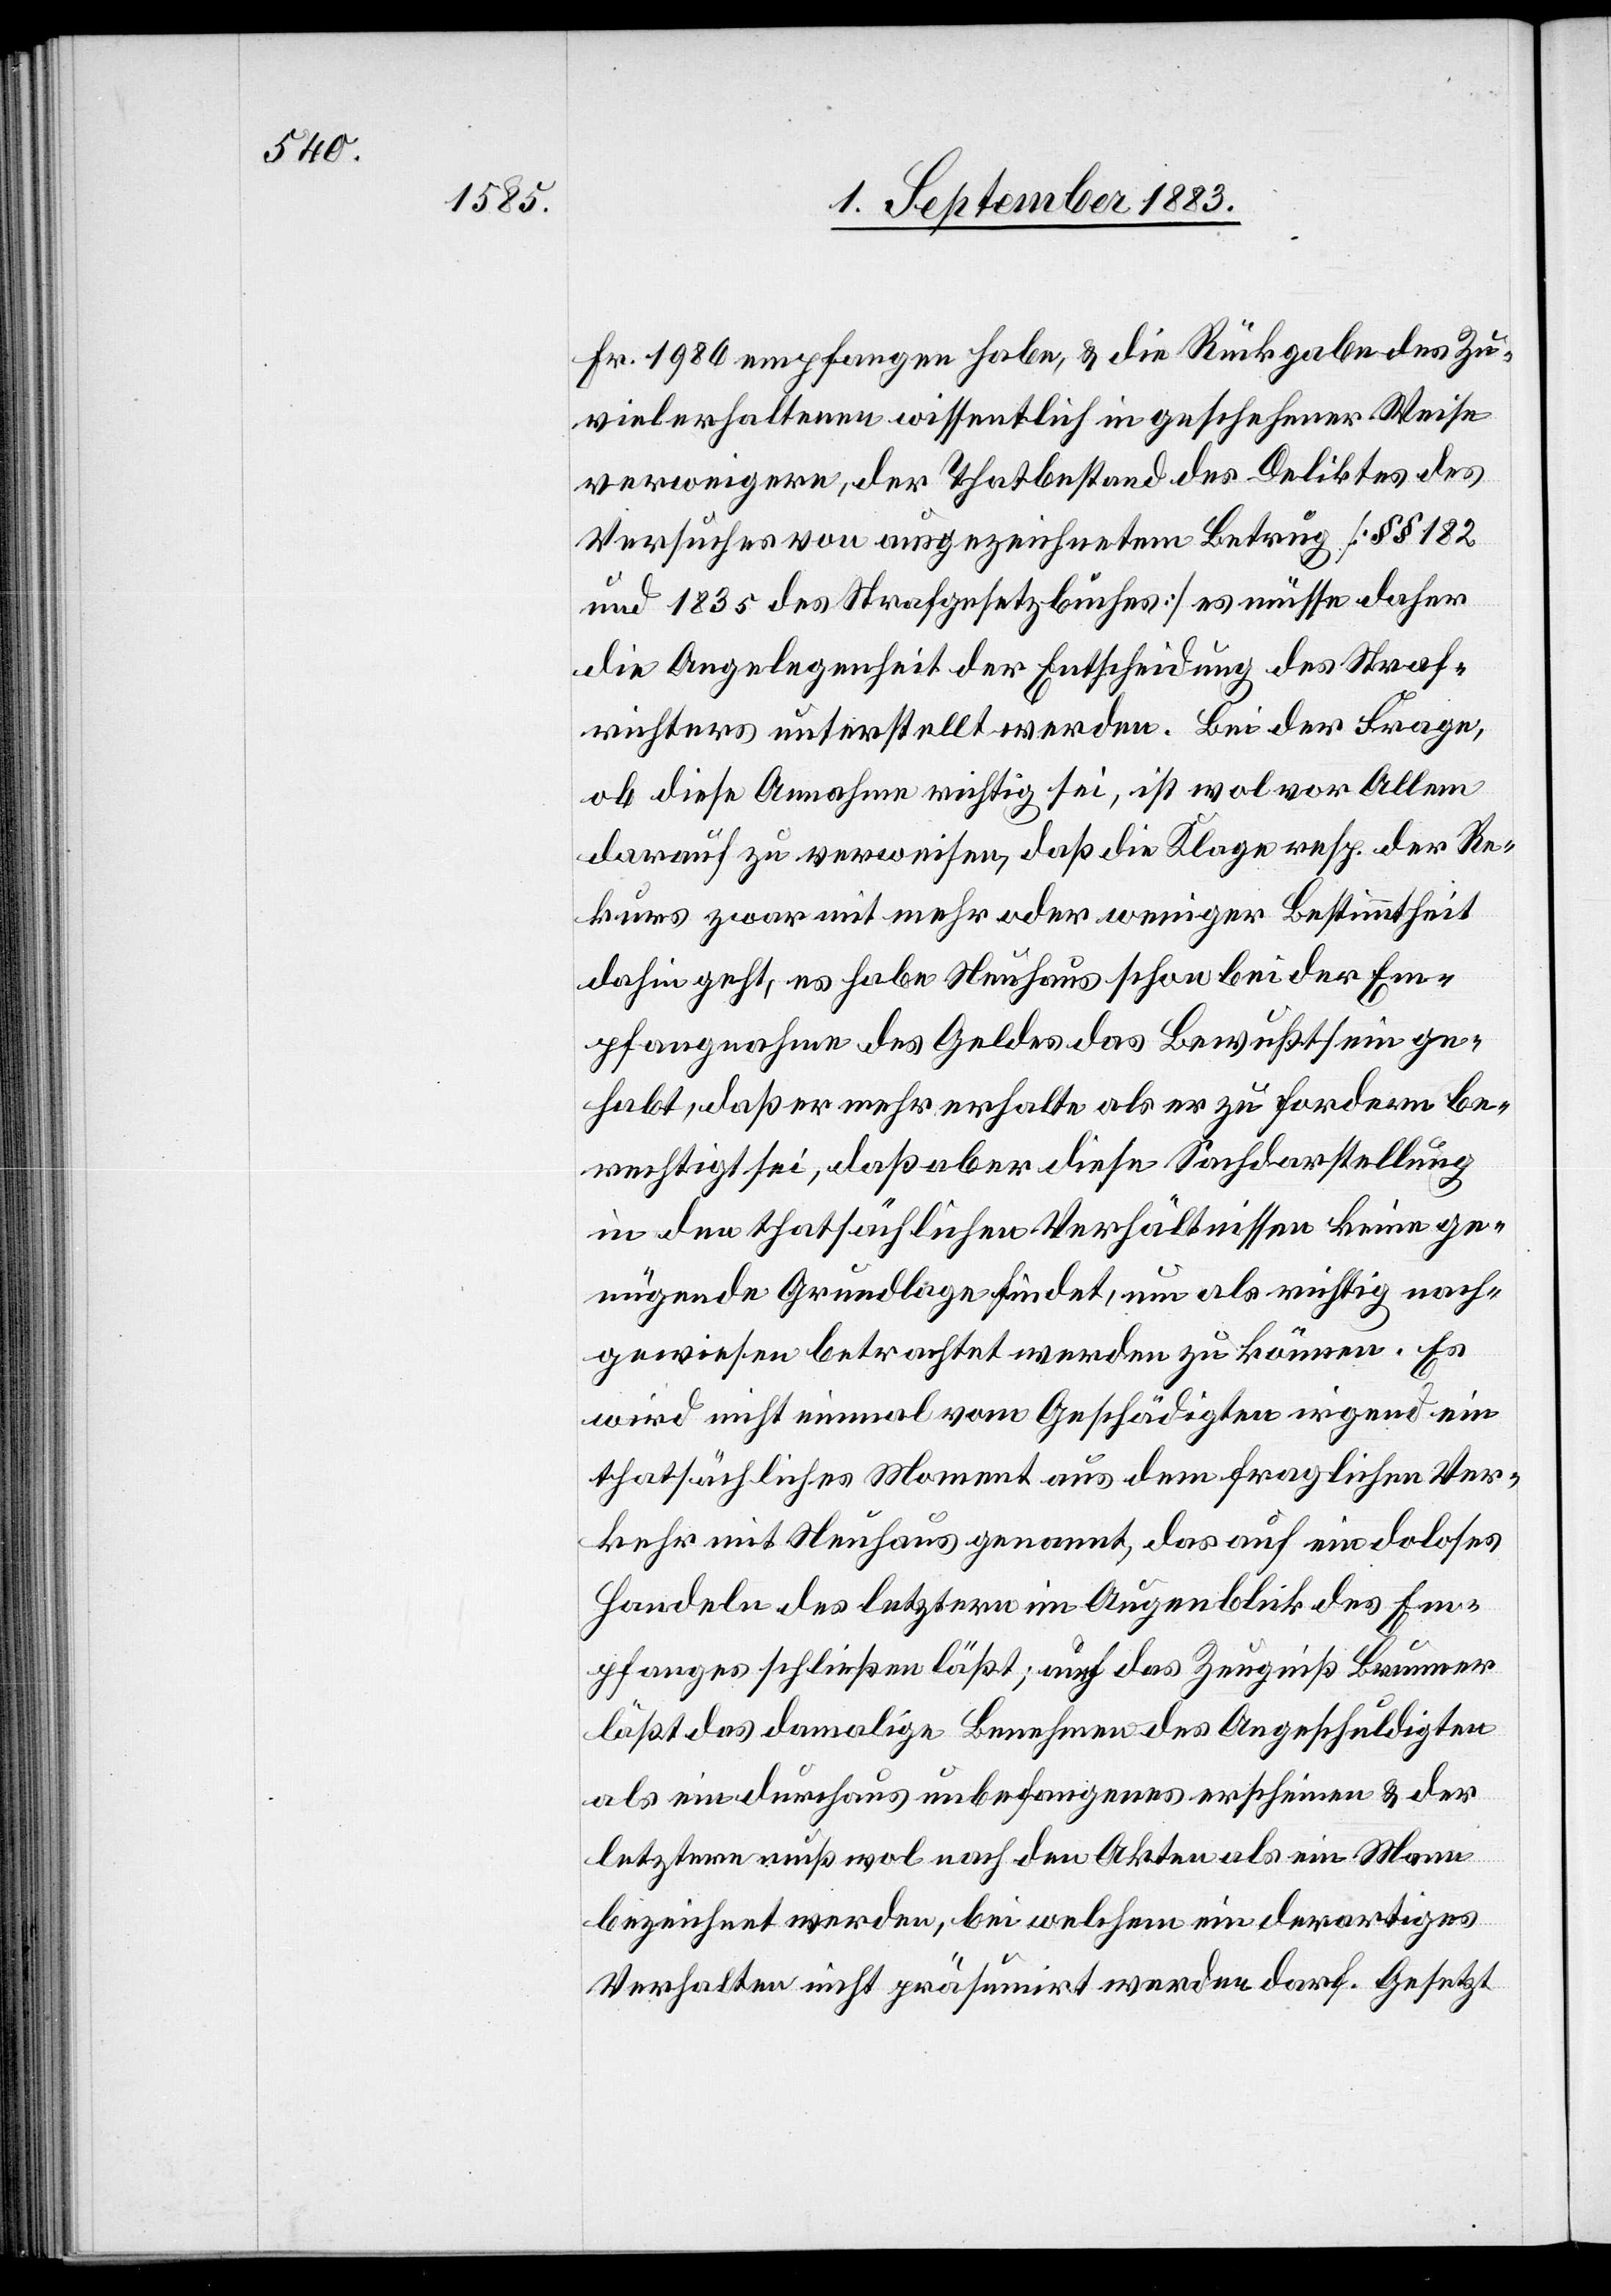
Fr. 1986 empfangen habe, & die Rückgabe des Zu¬
viel erhaltenen wissentlich in geschehener Weise
verweigere, der Thatbestand des Deliktes des
Versuches von ausgezeichnetem Betrug [§§ 182
und 183[,] 5 des Strafgesetzbuches] es müsse daher
die Angelegenheit der Entscheidung des Strafge¬
richtes unterstellt werden. Bei der Frage,
ob diese Annahme richtig sei, ist wol vor Allem
darauf zu verweisen, daß die Klage resp. der Re¬
kurs zwar mit mehr oder weniger Bestimmtheit
dahin geht, es habe Neuhaus schon bei der Em¬
pfangnahme des Geldes das Bewußtsein ge¬
habt, daß er mehr erhalte als er zu fordern be¬
rechtigt sei, daß aber diese Sachdarstellung
in den thatsächlichen Verhältnissen keine ge¬
nügende Grundlage findet, um als richtig nach¬
gewiesen betrachten werden zu können. Es
wird nicht einmal vom Geschädigten irgend ein
thatsächliches Moment aus dem fraglichen Ver¬
kehr mit Neuhaus genannt, das auf ein doloses
Handeln des letztern im Augenblick des Em¬
pfanges schließen läßt; auch das Zeugniß Brunner
läßt das damalige Benehmen des Angeschuldigten
als ein durchaus unbefangenes erscheinen & der
letztere muß wol nach den Akten als ein Mann
bezeichnet werden, bei welchem ein derartiges
Verhalten nicht präsumirt werden darf. Gesetzt